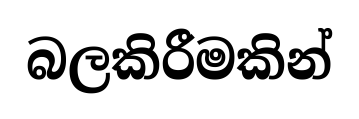
බලකිරීමකින්